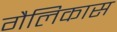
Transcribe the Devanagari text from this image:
गैलिकास